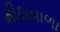
મીઠાવાળા